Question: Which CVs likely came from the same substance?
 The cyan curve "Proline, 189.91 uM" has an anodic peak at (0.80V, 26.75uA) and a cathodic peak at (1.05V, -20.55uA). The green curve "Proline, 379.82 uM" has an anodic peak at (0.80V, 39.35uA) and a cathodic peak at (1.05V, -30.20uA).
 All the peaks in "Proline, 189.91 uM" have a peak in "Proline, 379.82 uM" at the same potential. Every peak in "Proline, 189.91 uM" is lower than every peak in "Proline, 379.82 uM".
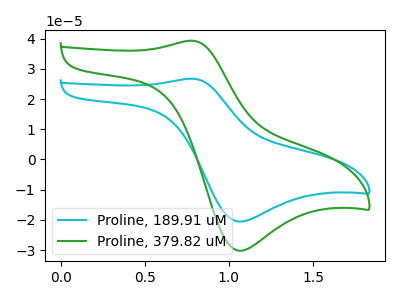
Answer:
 <answer>"Proline, 189.91 uM" and "Proline, 379.82 uM" have the same shape and are likely CV's of the same chemical.</answer>
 <eval>"Proline, 189.91 uM" "Proline, 379.82 uM"</eval>